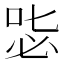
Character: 𠳢